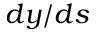
d y / d s